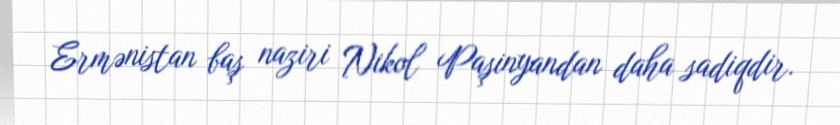
Ermənistan baş naziri Nikol Paşinyandan daha sadiqdir.